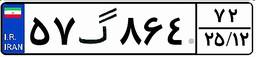
۹۴گ۳۰۷۵۳